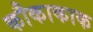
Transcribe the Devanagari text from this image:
कौकाकाक